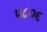
પ૮૦૬